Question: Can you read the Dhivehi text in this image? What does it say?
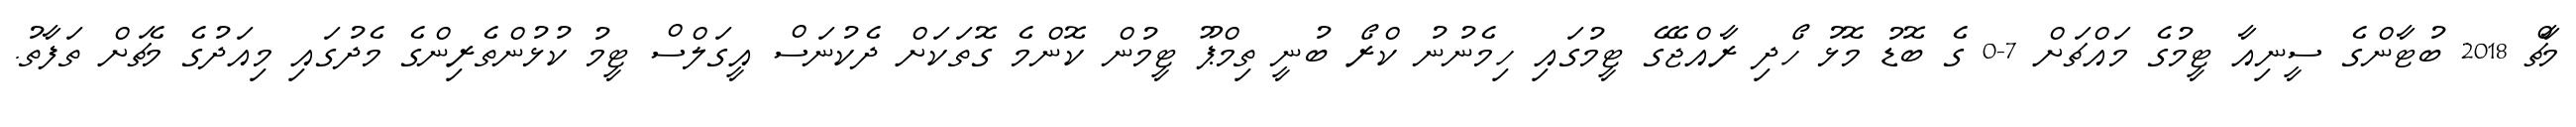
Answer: މާޗް 2018 ބުޓާންގެ ސީނިއާ ޓީމުގެ މައްޗަށް 7-0 ގެ ބޮޑު މޮޅު ހޯދި ރާއްޖޭގެ ޓީމުގައި ހިމެނުނު ކްރޯ ބުނީ ތިމްޕޫ ޓީމުން ކޮންމެ ގޮތަކަށް ދެކުނަސް އީގަލްސް ޓީމު ކުޅުންތެރިންގެ މެދުގައި މިއަދުގެ މެޗަށް ތަފާތު.